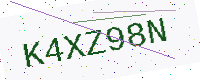
Text: K4XZ98N